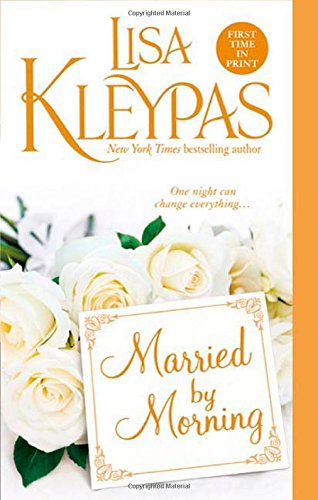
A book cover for Married by Morning (Hathaways, Book 4); Lisa Kleypas; Romance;